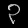
Digit: ၃